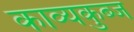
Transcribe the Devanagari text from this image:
काव्यकुब्ज